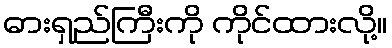
ဓားရှည်ကြီးကို ကိုင်ထားလို့။